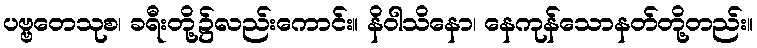
ပဗ္ဗတေသုစ၊ ခရီးတို့၌လည်းကောင်း။ နိဝါသိနော၊ နေကုန်သောနတ်တို့တည်း။